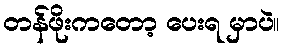
တန်ဖိုးကတော့ ပေးရ မှာပဲ။